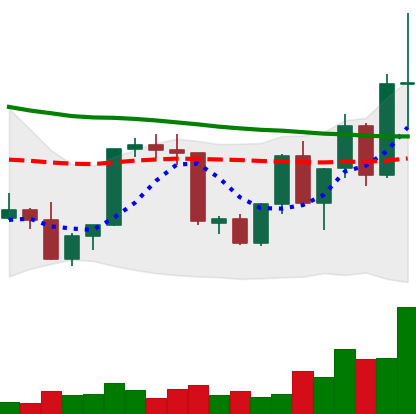
Ticker: XLM-USD
Chart end date: 2022-09-23
Forward return: -11.985%
Label: down_7plus